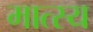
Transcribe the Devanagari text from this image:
मात्स्य